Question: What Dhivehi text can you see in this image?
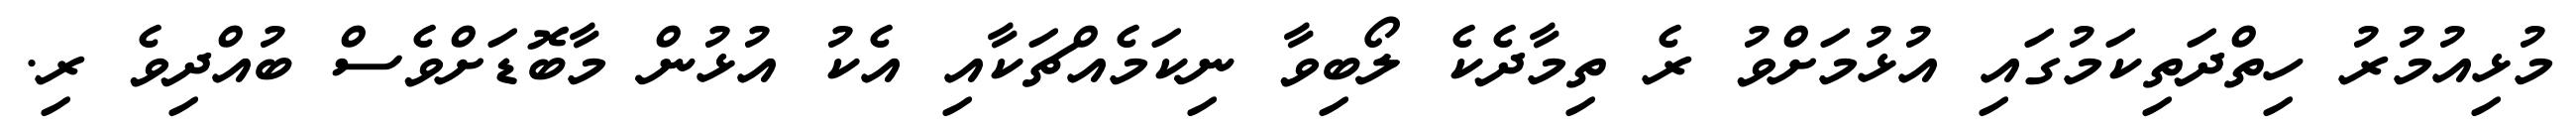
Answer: މުޅިއުމުރު ހިތްދަތިކަމުގައި އުޅުމަށްވު ރެ ތިމާދެކެ ލޯބިވާ ނިކަމެއްޗަކާއި އެކު އުޅުން މާބޮޑަށްވެސް ބުއްދިވެ ރި.